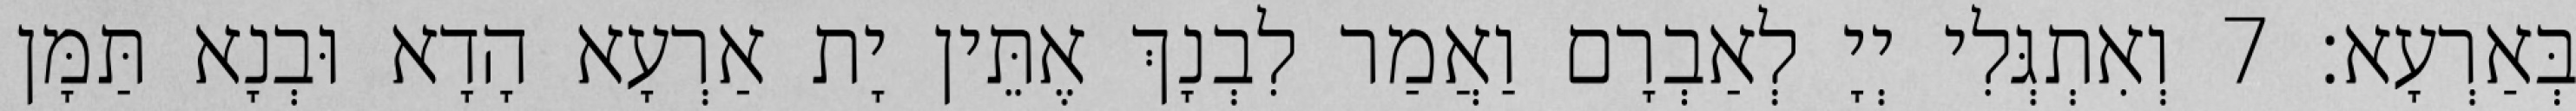
בְּאַרְעָא׃ 7 וְאִתְגְּלִי יְיָ לְאַבְרָם וַאֲמַר לִבְנָךְ אֶתֵּין יָת אַרְעָא הָדָא וּבְנָא תַּמָּן